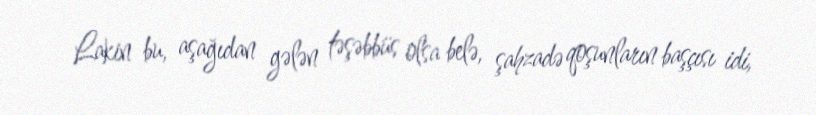
Lakin bu, aşağıdan gələn təşəbbüs olsa belə, şahzadə qoşunların başçısı idi,